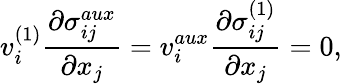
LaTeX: v_{i}^{(1)}\frac{\partial\sigma_{ij}^{aux}}{\partial x_{j}}=v_{i}^{aux}\frac{\partial\sigma_{ij}^{(1)}}{\partial x_{j}}=0,